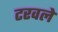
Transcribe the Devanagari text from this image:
टरवले